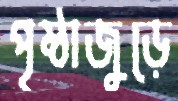
পৃষ্ঠাজুড়ে